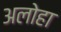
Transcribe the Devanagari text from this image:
अलोहा